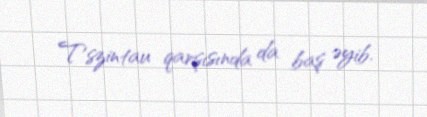
Tszintau qarşısında da baş əyib.